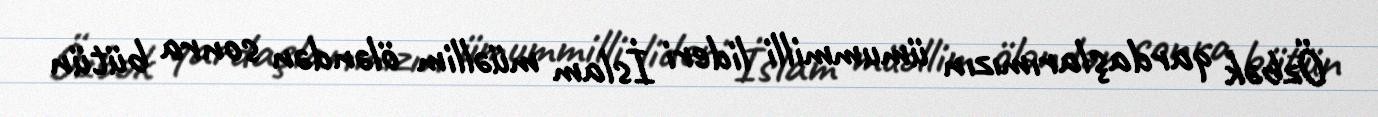
Özbək qardaşlarımızın ümummilli lideri İslam müəllim öləndən sonra bütün